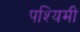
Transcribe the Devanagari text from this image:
पश्यिमी